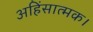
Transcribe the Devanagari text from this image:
अहिंसात्मक।